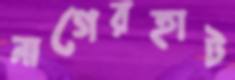
নাগেরহাট